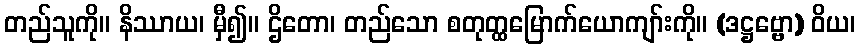
တည်သူကို။ နိဿာယ၊ မှီ၍။ ဌိတော၊ တည်သော စတုတ္ထမြောက်ယောကျာ်းကို။ (ဒဋ္ဌဗ္ဗော) ဝိယ၊